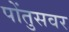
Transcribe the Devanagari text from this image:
पोंतुसवर